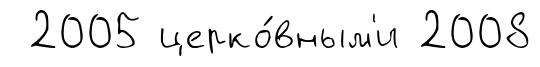
2005 церко́вным'и 2008